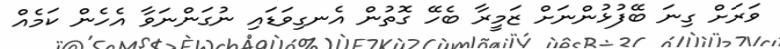
ވަރަށް ގިނަ ބޭފުޅުންނަށް ޒަމީރާ ބެހޭ ގޮތުން އެނގިވަޑައި ނުގަންނަވާ އެހެން ކަމެއް